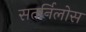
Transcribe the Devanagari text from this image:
सतर्निलोस